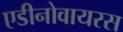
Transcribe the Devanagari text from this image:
एडीनोवायरस